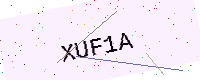
Text: XUF1A